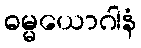
ဓမ္မယောဂါနံ